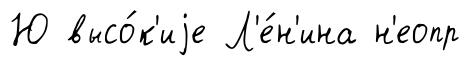
Ю высо́к'иjе Л'е́н'ина н'еопр